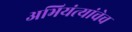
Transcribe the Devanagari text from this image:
अभियंत्यांचेच